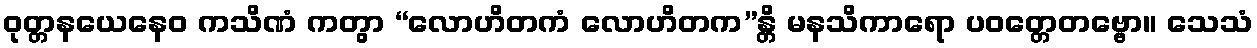
ဝုတ္တနယေနေဝ ကသိဏံ ကတွာ “လောဟိတကံ လောဟိတက”န္တိ မနသိကာရော ပဝတ္တေတဗ္ဗော။ သေသံ